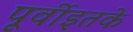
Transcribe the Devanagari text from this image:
पूर्वीइतके